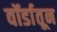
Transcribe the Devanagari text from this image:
वॉर्डातून